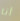
أنا